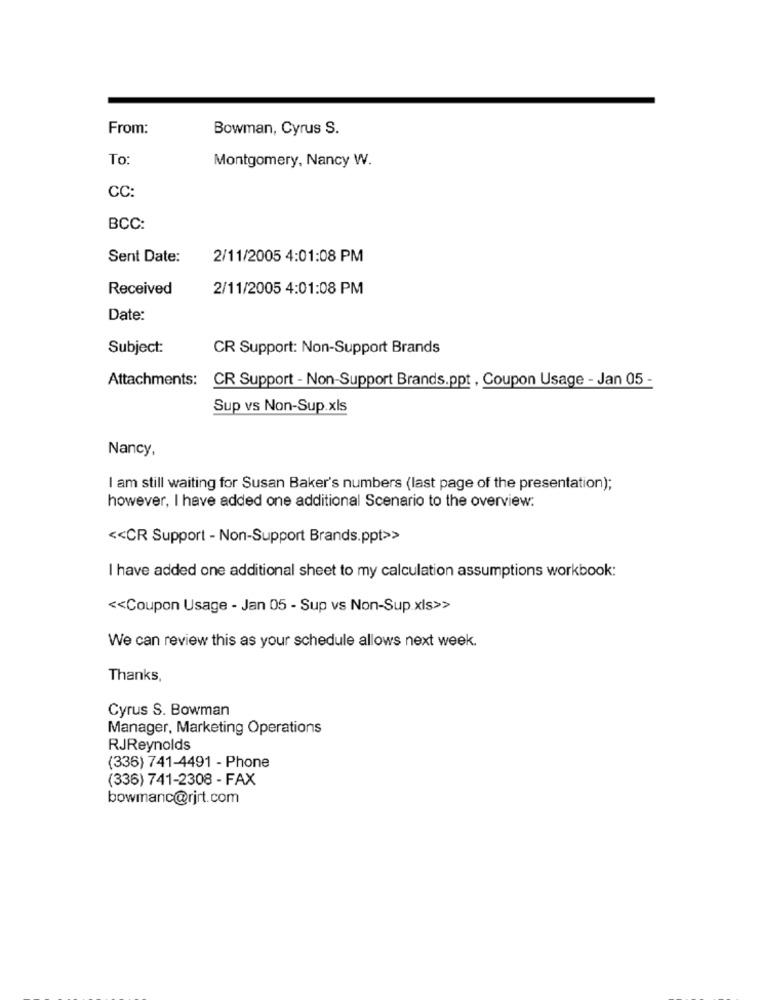
From:
Bowman, Cyrus S.
To
Montgomery, Nancy W.
CC:
BCC:
Sent Date:
2/11/2005 4:01:08 PM
Received
2/11/2005 4:01:08 PM
Date:
Subject:
CR Support: Non-Support Brands
Attachments:
CR Support - Non-Support Brands.ppt , Coupon Usage - Jan 05 -
Sup vs Non-Sup.xls
Nancy,
I am still waiting for Susan Baker's numbers (last page of the presentation);
however, I have added one additional Scenario to the overview:
<< CR Support - Non-Support Brands.ppt>>
I have added one additional sheet to my calculation assumptions workbook:
<< Coupon Usage - Jan 05 - Sup vs Non-Sup xls>>
We can review this as your schedule allows next week.
Thanks,
Cyrus S. Bowman
Manager, Marketing Operations
RJReynolds
(336) 741-4491 - Phone
(336) 741-2308 - FAX
bowmanc@rjrt.com